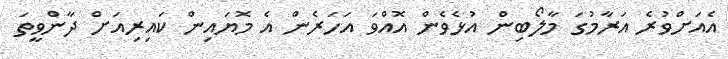
އެއަށްވުރެ އަރާމުގަ މާލޯބިން އުޅެވެން އޮއްވަ އަހަރެން އެ މޮޔައިން ކައިރިއަށް ދާންވީތަ